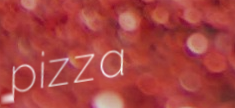
pizza